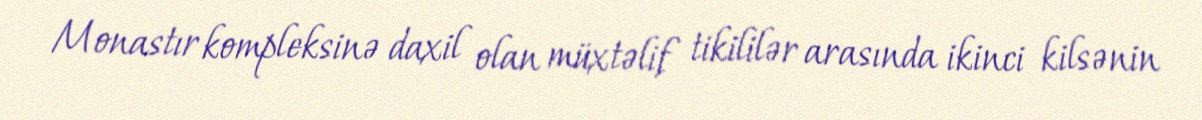
Monastır kompleksinə daxil olan müxtəlif tikililər arasında ikinci kilsənin